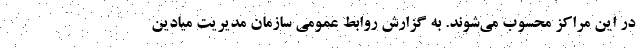
در این مراکز محسوب می‌شوند. به گزارش روابط عمومی سازمان مدیریت میادین